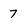
Character: 7